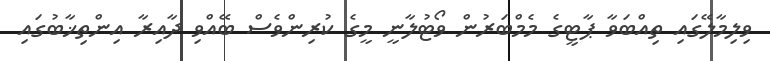
ވިލިމާލޭގައި ތިއްބަވާ ޕާޓީގެ މެމްބަރުން ވޯޓުލާނީ މީގެ ކުރިންވެސް ބޭއްވި ދާއިރާ އިންތިޚާބުގައި